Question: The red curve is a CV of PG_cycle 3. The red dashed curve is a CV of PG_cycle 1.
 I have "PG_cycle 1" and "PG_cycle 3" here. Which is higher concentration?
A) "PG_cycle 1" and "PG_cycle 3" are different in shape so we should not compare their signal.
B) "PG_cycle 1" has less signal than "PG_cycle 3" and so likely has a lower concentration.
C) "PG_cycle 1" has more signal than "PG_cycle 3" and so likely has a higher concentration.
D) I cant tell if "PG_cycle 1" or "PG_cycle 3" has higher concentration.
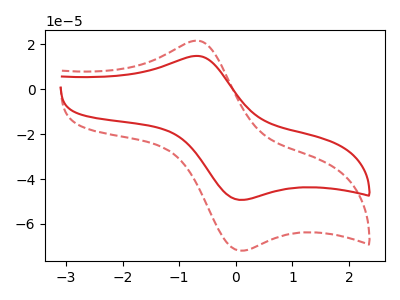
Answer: <think>The red curve "PG_cycle 3" has an anodic peak at (-0.70V, 14.80uA) and a cathodic peak at (0.10V, -49.30uA). The red dashed curve "PG_cycle 1" has an anodic peak at (-0.70V, 21.60uA) and a cathodic peak at (0.10V, -71.95uA).
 All the peaks in "PG_cycle 1" have a peak in "PG_cycle 3" at the same potential. Every peak in "PG_cycle 1" is higher than every peak in "PG_cycle 3".</think>
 <answer>C) "PG_cycle 1" has more signal than "PG_cycle 3" and so likely has a higher concentration.</answer>
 <eval>C</eval>